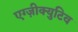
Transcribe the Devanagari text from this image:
एग्ज़ीक्युटिव